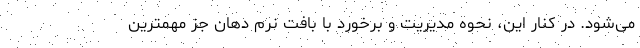
می‌شود. در کنار این، نحوه مدیریت و برخورد با بافت نرم دهان جز مهمترین